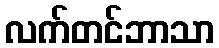
လက်တင်ဘာသာ